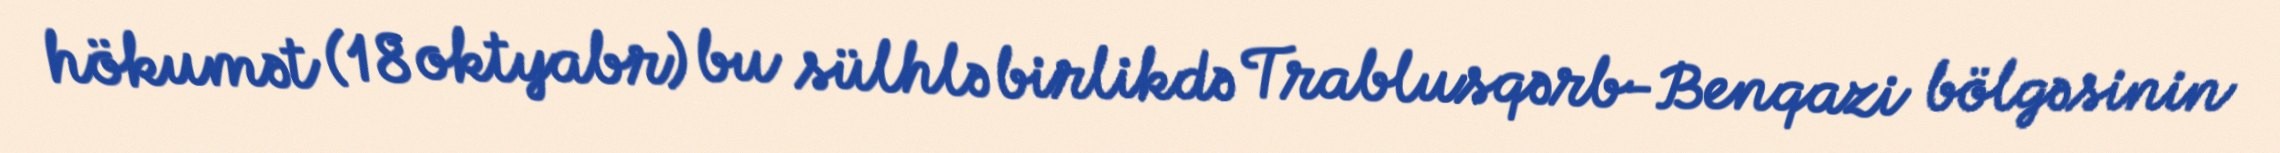
hökumət (18 oktyabr) bu sülhlə birlikdə Trablusqərb-Benqazi bölgəsinin